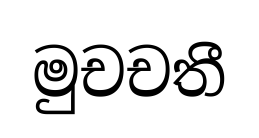
මුචචතී